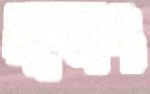
ম্যাং